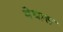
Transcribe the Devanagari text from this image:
वेधास